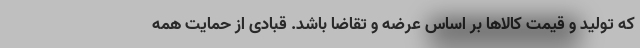
که تولید و قیمت کالاها بر اساس عرضه و تقاضا باشد. قبادی از حمایت همه